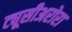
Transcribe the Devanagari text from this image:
ट्यूसीअरोरा